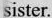
sister.